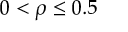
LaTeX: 0 < \rho \leq 0 . 5